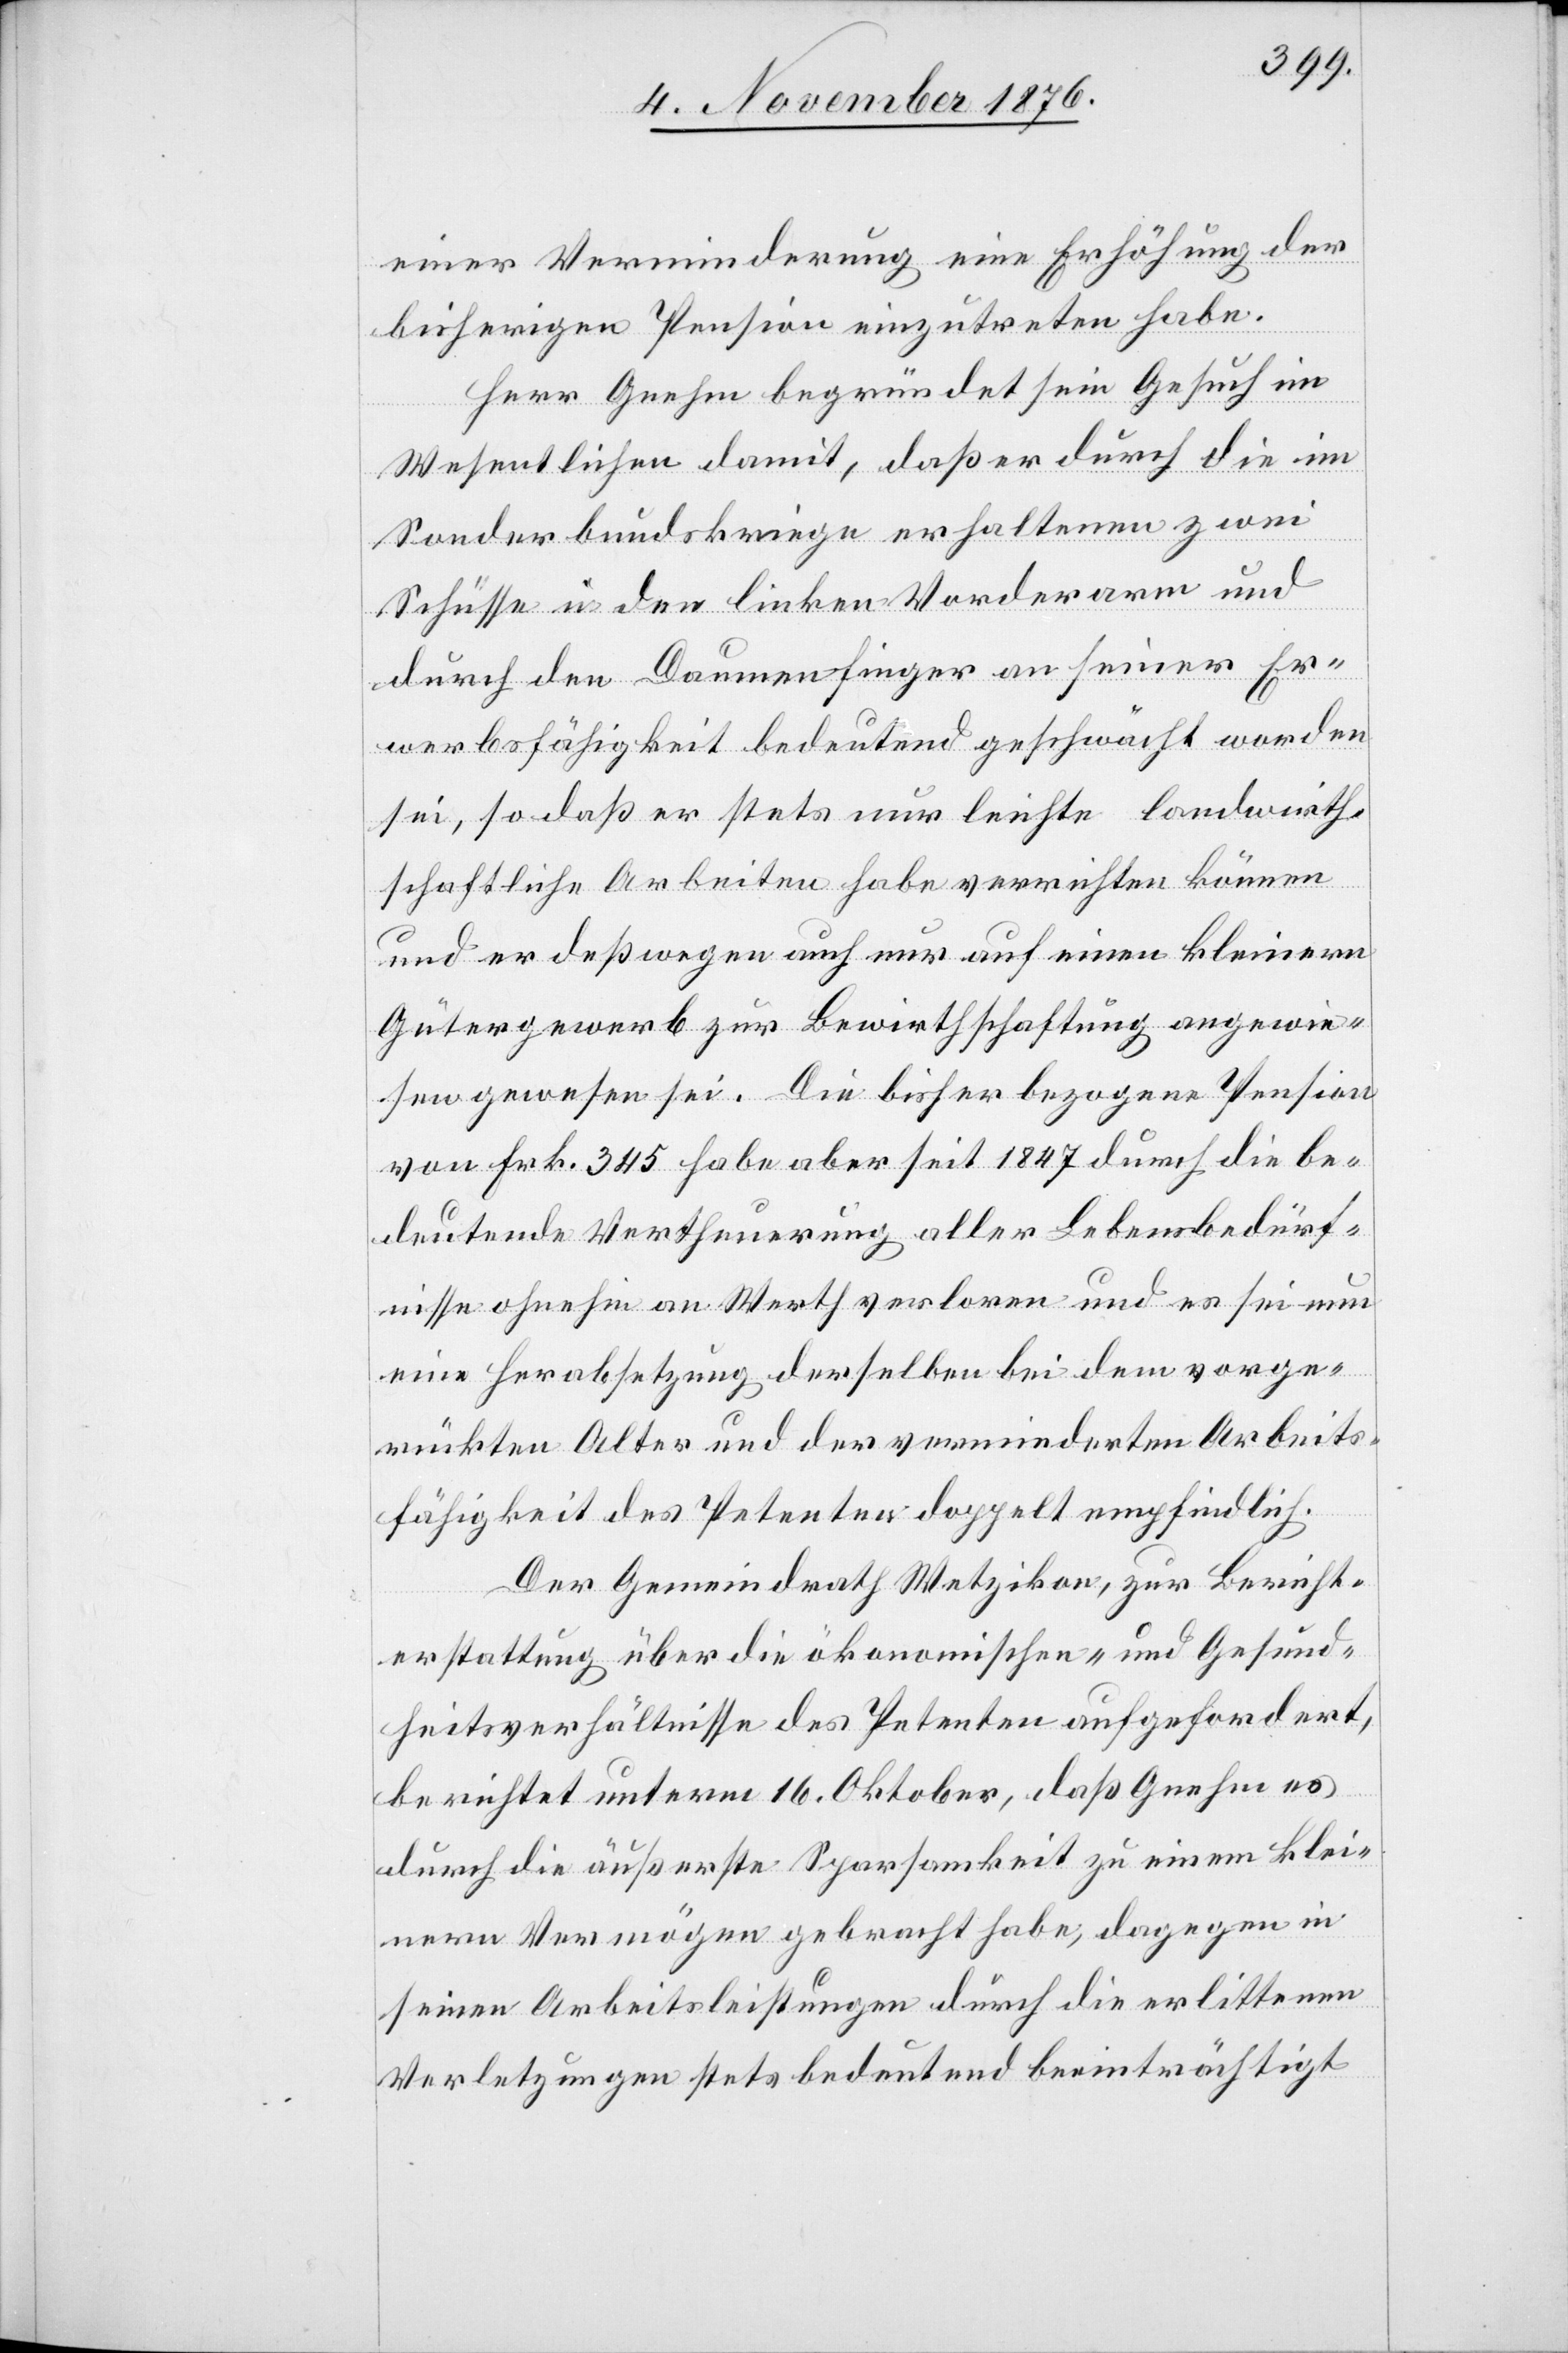
einer Verminderung eine Erhöhung der
bisherigen Pension einzutreten habe.
Herr Gnehm begründet sein Gesuch im
Wesentlichen damit, daß er durch die im
Sonderbundskriege erhaltenen zwei
Schüsse in den linken Vorderarm und
durch den Daumenfinger an seiner Er¬
werbsfähigkeit bedeutend geschwächt worden
sei, so daß er stets nur leichte landwirth¬
schaftliche Arbeiten habe verrichten können
und er deßwegen auch nur auf einen kleinern
Gütergewerb zur Bewirthschaftung angewie¬
sen gewesen sei. Die bisher bezogene Pension
von Frk. 345 habe aber seit 1847 durch die be¬
deutende Vertheuerung aller Lebensbedürf¬
nisse ohnehin an Werth verloren und es sei nun
eine Herabsetzung derselben bei dem vorge¬
rückten Alter und der verminderten Arbeits¬
fähigkeit des Petenten doppelt empfindlich.
Der Gemeindrath Wetzikon, zur Bericht¬
erstattung über die ökonomischen- und Gesund¬
heitsverhältnisse des Petenten aufgefordert,
berichtet unterm 16. Oktober, daß Gnehm es
durch die äußerste Sparsamkeit zu einem klei¬
nern Vermögen gebracht habe, dagegen in
seinen Arbeitsleistungen durch die erlittenen
Verletzungen stets bedeutend beeinträchtigt